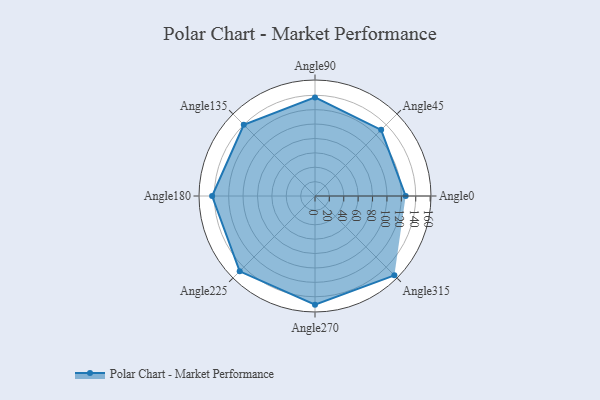
{"axis": {"x": "Angle", "y": "Radius"}, "legend": [""], "data": [{"x": "Angle0", "y": 126.0, "type": ""}, {"x": "Angle45", "y": 130.0, "type": ""}, {"x": "Angle90", "y": 137.0, "type": ""}, {"x": "Angle135", "y": 140.0, "type": ""}, {"x": "Angle180", "y": 143.0, "type": ""}, {"x": "Angle225", "y": 148.0, "type": ""}, {"x": "Angle270", "y": 151.0, "type": ""}, {"x": "Angle315", "y": 156.0, "type": ""}]}